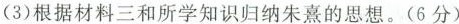
(3)根据材料三和所学知识归纳朱熹的思想。(6分)